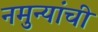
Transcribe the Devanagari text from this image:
नमुन्यांची